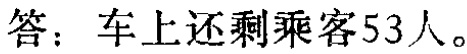
答：车上还剩乘客53人。